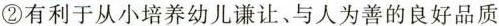
②有利于从小培养幼儿谦让、与人为善的良好品质